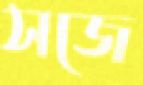
সজে